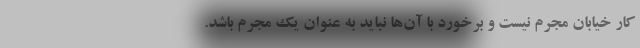
کار خیابان مجرم نیست و برخورد با آن‌ها نباید به عنوان یک مجرم باشد.